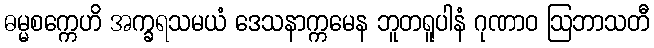
ဓမ္မစက္ကေဟိ အက္ခရသမယံ ဒေသနာက္ကမေန ဘူတရူပါနံ ဂုဏာဝ ဩဘာသတီ